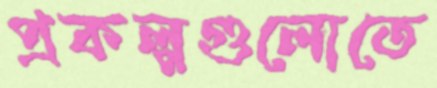
প্রকল্পগুলোতে